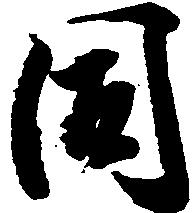
同